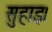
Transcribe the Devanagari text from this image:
सुहाइ।